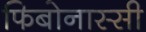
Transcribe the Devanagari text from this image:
फिबोनास्सी